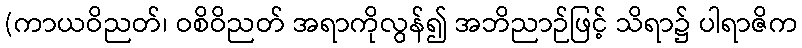
(ကာယဝိညတ်၊ ဝစိဝိညတ် အရာကိုလွန်၍ အဘိညာဉ်ဖြင့် သိရာ၌ ပါရာဇိက